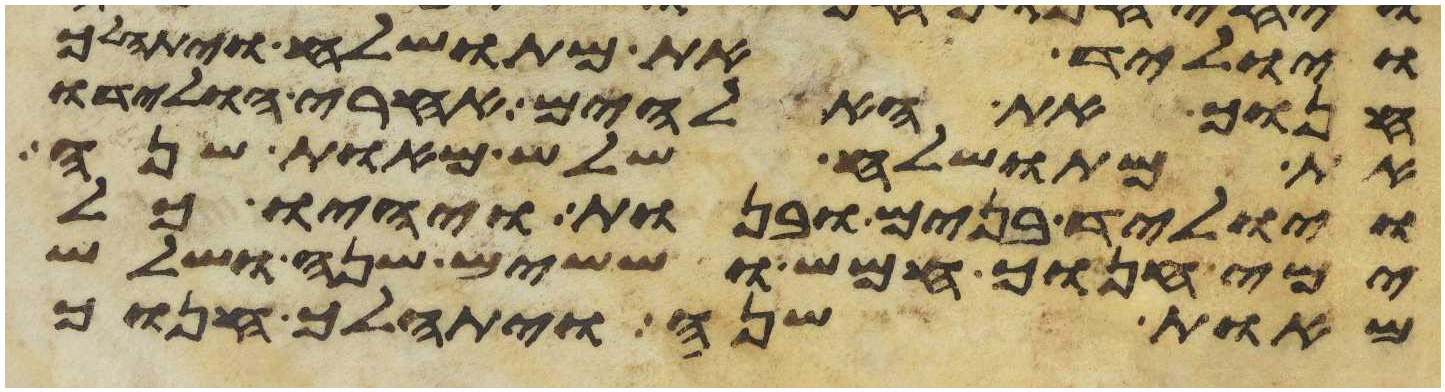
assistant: ויוליד את מתושלח ויתהלך
חנוך את האלהים אחרי הולידו
את מתושלח שלש מאות שנה
ויוליד בנים ובנות ויהיו כל
ימי חנוך חמש וששים שנה ושלש
מאות שנה ויתהלך חנוך